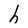
Character: h